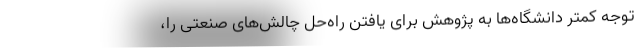
توجه کمتر دانشگاه‌ها به پژوهش برای یافتن راه‌حل چالش‌های صنعتی را،